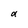
Character: a